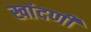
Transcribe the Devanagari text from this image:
खांदणी